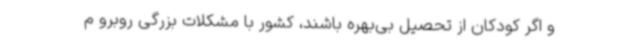
و اگر کودکان از تحصیل بی‌بهره باشند، کشور با مشکلات بزرگی روبرو م